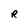
Character: R